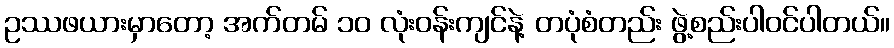
ဥဿဖယားမှာတော့ အက်တမ် ၁၀ လုံးဝန်းကျင်နဲ့ တပုံစံတည်း ဖွဲ့စည်းပါဝင်ပါတယ်။